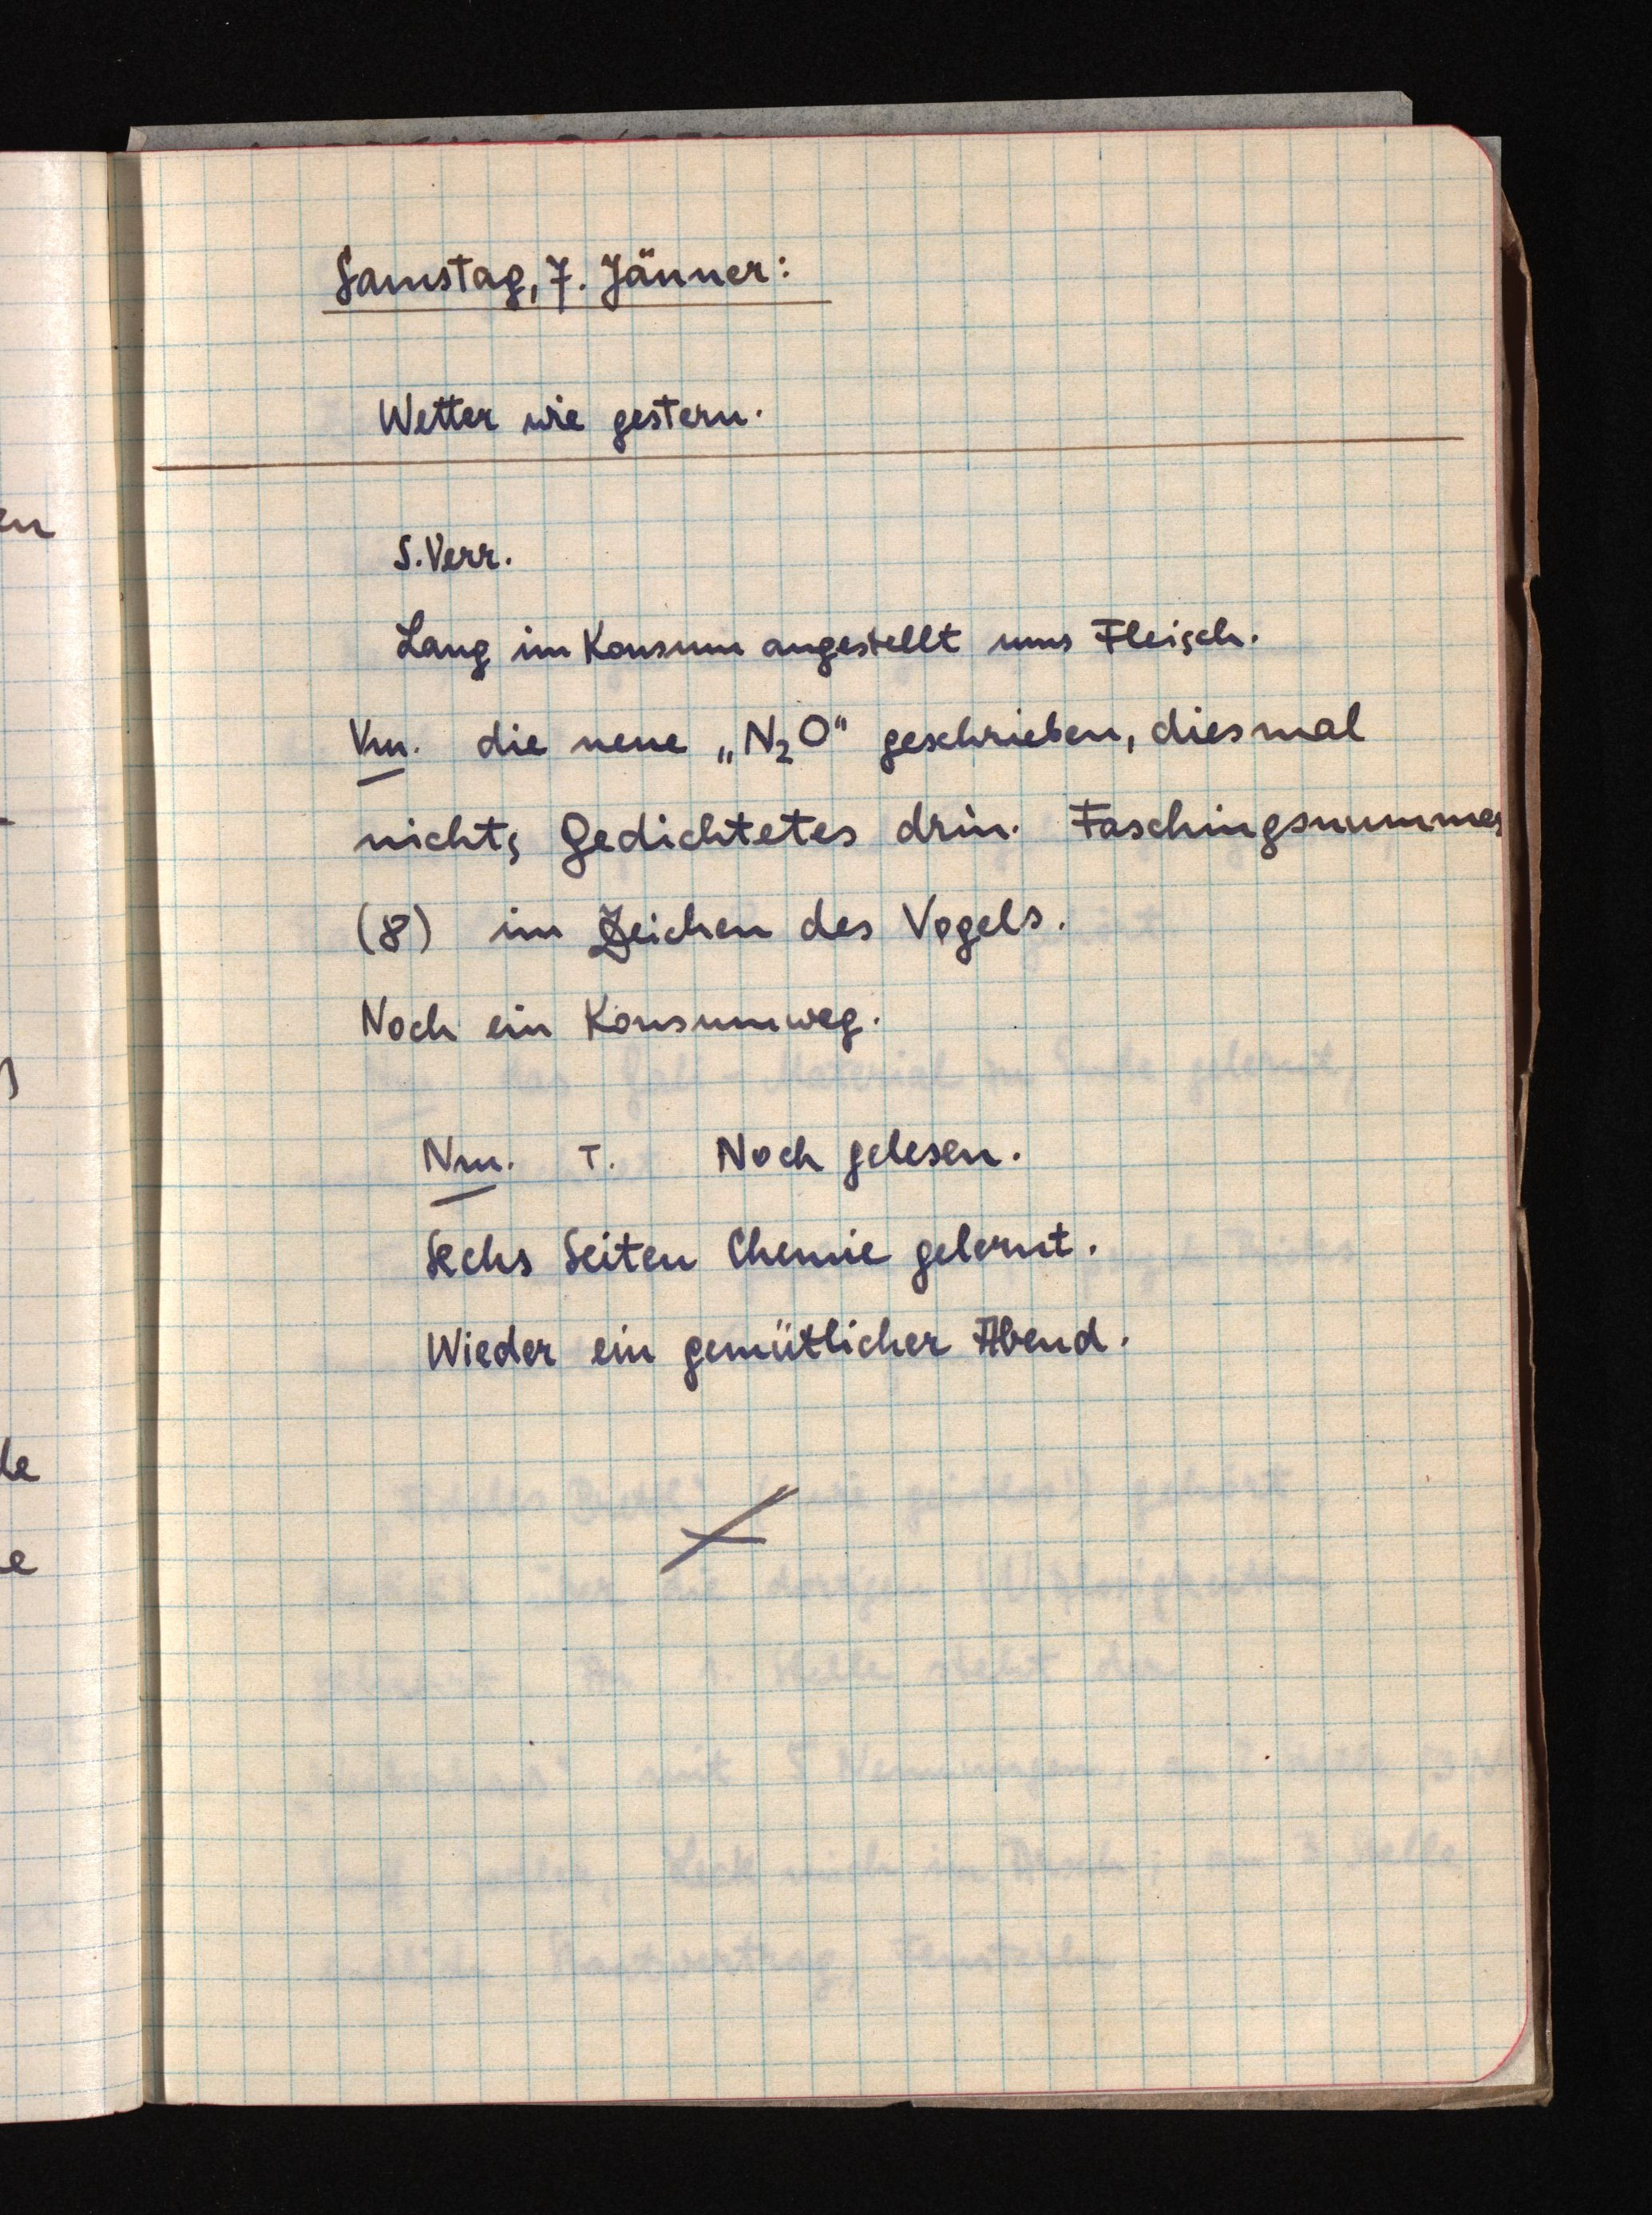
Samstag, 7. Jänner:
Wetter wie gestern.
S. Verr.
Lang im Konsum angestellt ums Fleisch.
Vm. die neue "N2O" geschrieben, diesmal
nichts Gedichtetes drin. Faschingsnummer
(8) im Zeichen des Vogels.
Noch ein Konsumweg.
Nm. T.Noch gelesen.
Sechs Seiten Chemie gelernt.
Wieder ein gemütlicher Abend.